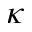
\kappa